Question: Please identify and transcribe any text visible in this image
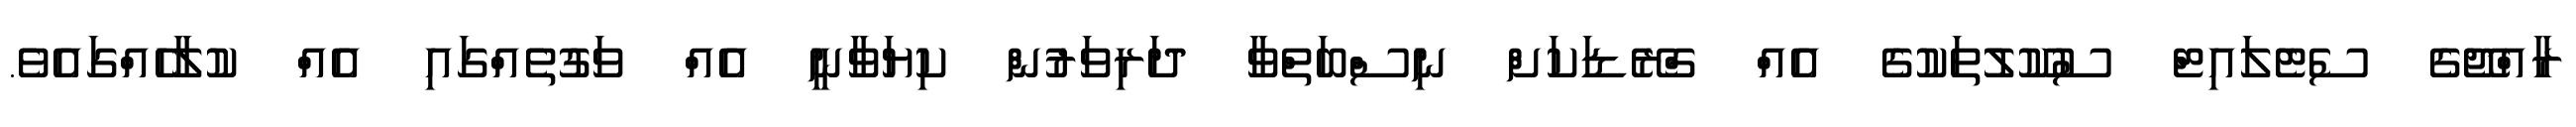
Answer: ރާއްޖޭގެ ސެޓެލައިޓް ސުކޫލުތަކުގެ އެއް ގްރޭޑަކަށް ނިސްބަތްވާ ދަރިވަރުން ކިޔަވާނީ އެއް ވަގުތެއްގައި އެއް ކުލާހެއްގައެވެ.